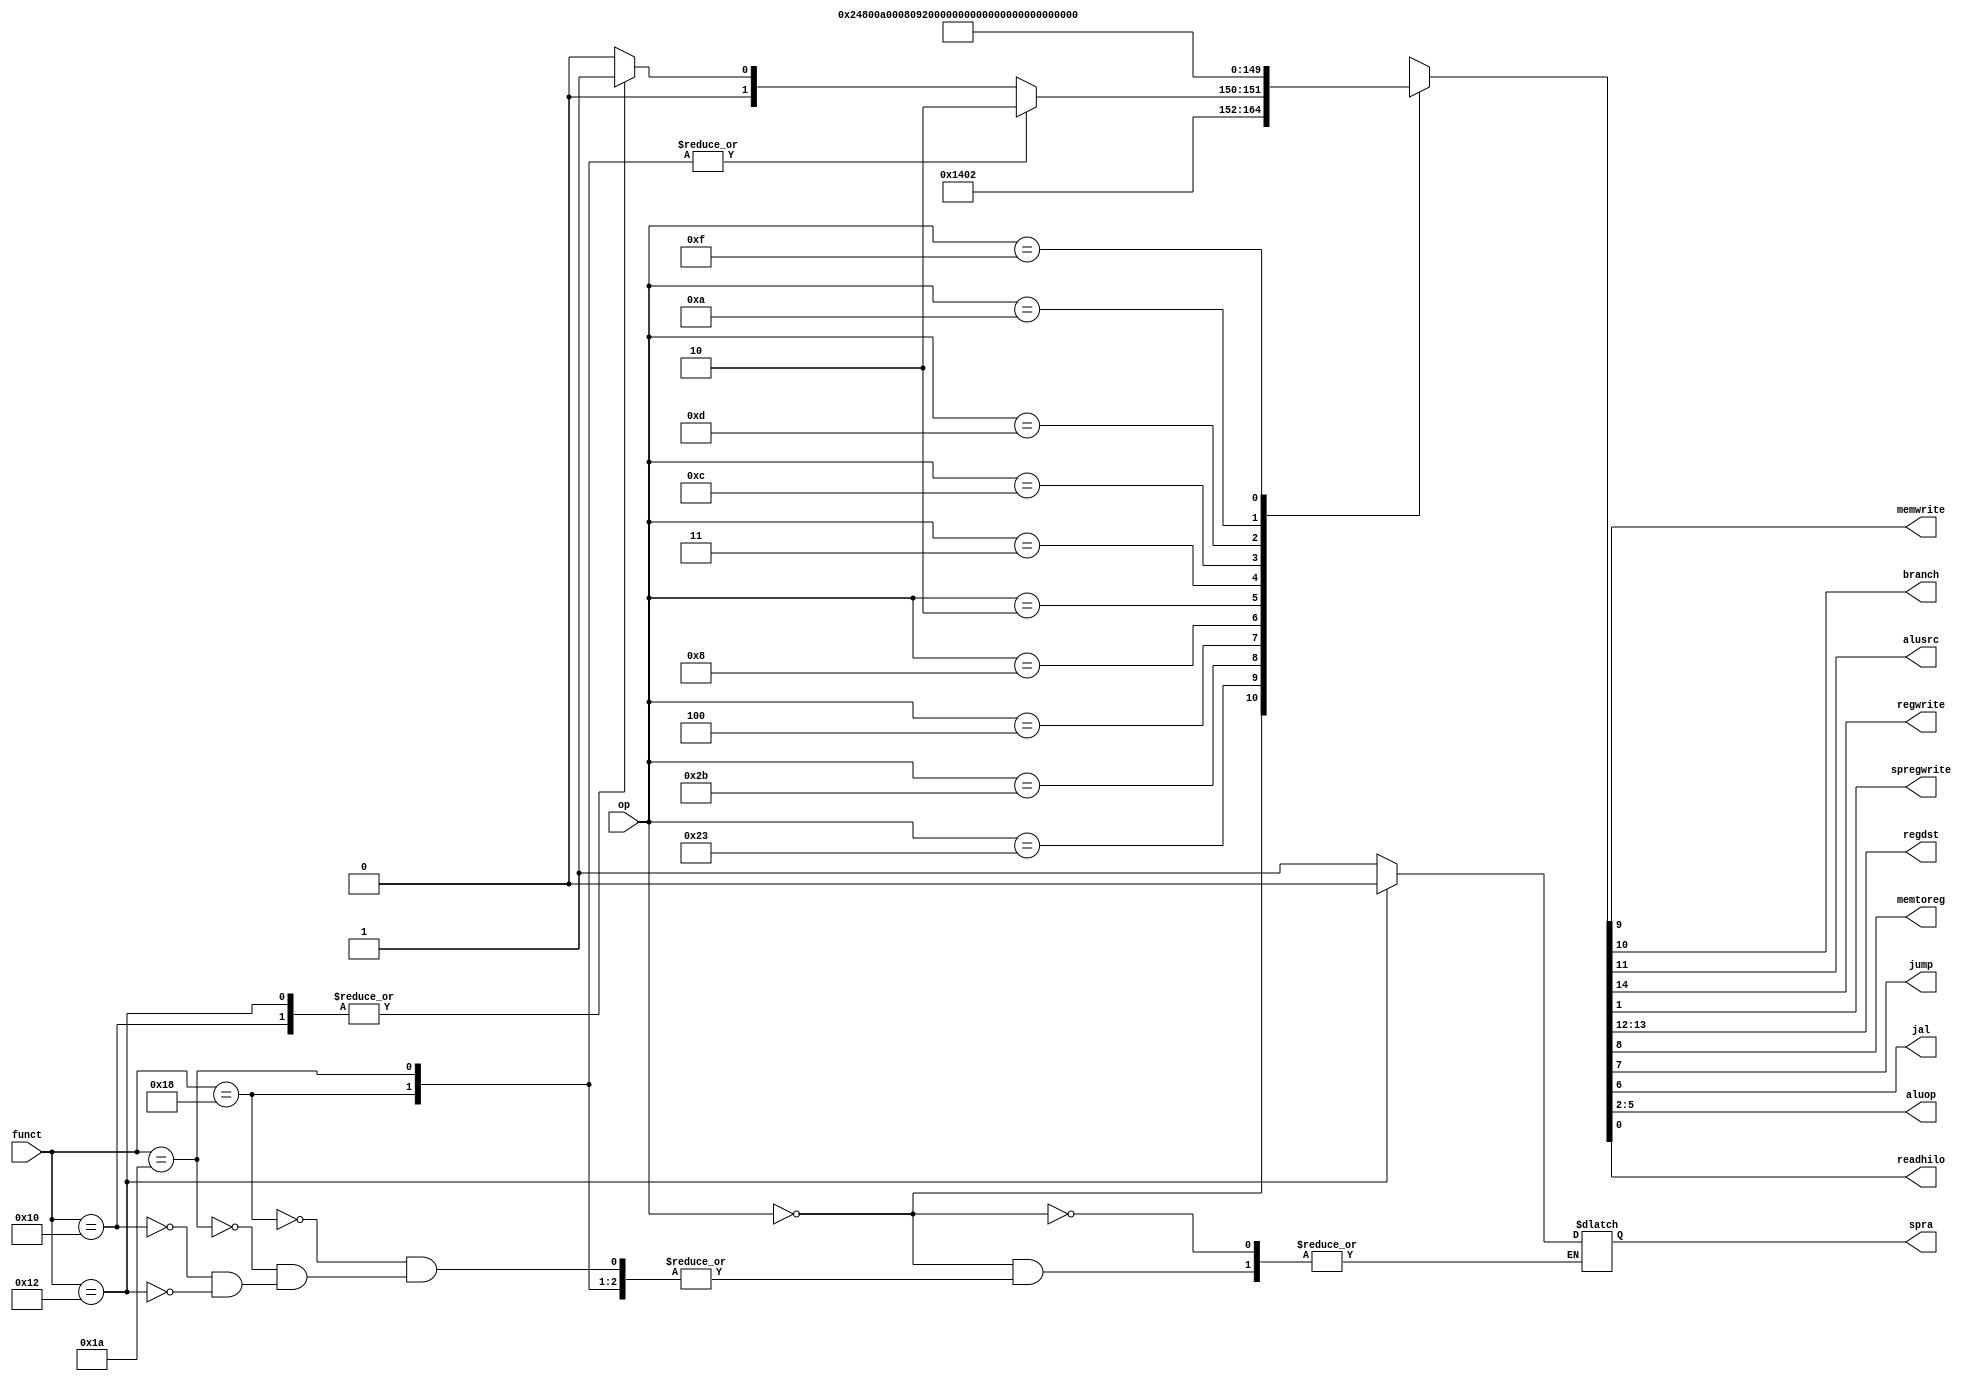
`timescale 1ns / 1ps
module maindec(
input [5:0] op, funct,
output memwrite,
output branch, alusrc,
output regwrite, spregwrite,
output [1:0] regdst, 
output memtoreg,
output jump, jal,
output [3:0] aluop,
output reg spra,
output readhilo
);
reg [14:0] controls;
assign {regwrite, regdst, alusrc,branch, memwrite, memtoreg, jump, jal, aluop, spregwrite, readhilo} = controls;
always @(*)
   case(op)
      6'b000000: 
      	begin
      		case(funct)
      			6'b011000: controls <= 15'b101000000001010; //mult
      			6'b011010: controls <= 15'b101000000001010; //div
      			default:   
      			  begin
      			    case(funct)
      			      6'b010000: 
      			        begin
      			          spra <= 1'b1;
      			          controls <= 15'b101000000001001;
      			        end
      			      6'b010010: 
      			        begin
      			          spra <= 1'b0;
      			          controls <= 15'b101000000001001;
      			        end
      			      default: controls <= 15'b101000000001000; //other R-type
      			    endcase
      			  end
      		endcase
      	end
      6'b100011: controls <= 15'b100100100000000; //LW
      6'b101011: controls <= 15'b000101000000000; //SW
      6'b000100: controls <= 15'b000010000000100; //BEQ
      6'b001000: controls <= 15'b100100000000000; //ADDI
      6'b000010: controls <= 15'b000000010000000; //J
      6'b000011: controls <= 15'b111000011000000; //JAL
      6'b001100: controls <= 15'b100100000010000; //ANDI
      6'b001101: controls <= 15'b100100000010100; //ORI
      6'b001010: controls <= 15'b100100000011100; //SLTI
      6'b001111: controls <= 15'b100100000100000; //LUI
      default:   controls <= 15'bxxxxxxxxxxxxxx; //???
    endcase
endmodule